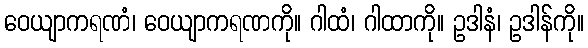
ဝေယျာကရဏံ၊ ဝေယျာကရဏကို။ ဂါထံ၊ ဂါထာကို။ ဥဒါနံ၊ ဥဒါန်ကို။